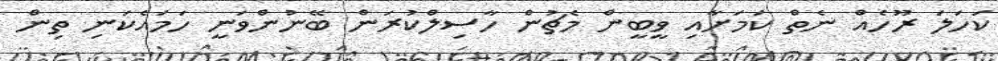
ކަހަލަ ރޫހެއް ނެތް ކަމަށާއި ވީބީން މެޗުން ހާސިލްކުރަން ބޭނުންވަނީ ހަމައެކަނި ތިން